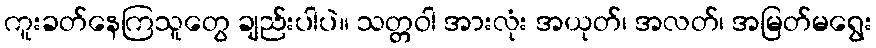
ကူးခတ်နေကြသူတွေ ချည်းပါပဲ။ သတ္တဝါ အားလုံး အယုတ်၊ အလတ်၊ အမြတ်မရွေး